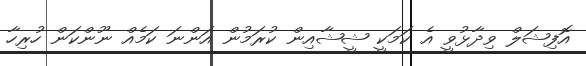
އޮފިޝަލް ވިދާޅުވީ އެ ކަމަކީ ޝީޝާއިން ކުރަމުން އަންނަ ކަމެއް ނޫންކަން ހުރިހާ